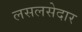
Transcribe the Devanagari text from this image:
लसलसेदार